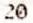
20